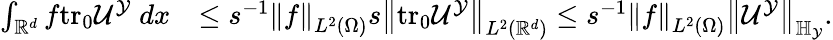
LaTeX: \begin{array}{rl}{\int_{\mathbb{R}^{d}}f\mathrm{tr_{0}}{\mathcal{U}^{\mathcal{Y}}}\; dx}&{\leq s^{-1}\left\| f\right\| _{L^{2}(\Omega)}s\left\| \mathrm{tr_{0}}{\mathcal{U}^{\mathcal{Y}}}\right\| _{L^{2}(\mathbb{R}^{d})}\leq s^{-1}\left\| f\right\| _{L^{2}(\Omega)}\left\| \mathcal{U}^{\mathcal{Y}}\right\| _{\mathbb{H}_{\mathcal{Y}}}.}\end{array}